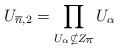
LaTeX: \begin{align*}U_{\overline{n},2} = \prod_{U_\alpha \nsubseteq Z_{\overline{n}}} U_\alpha\end{align*}